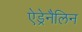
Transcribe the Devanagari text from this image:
ऐड्रेनैलिन